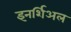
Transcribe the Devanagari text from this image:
इनर्शिअल